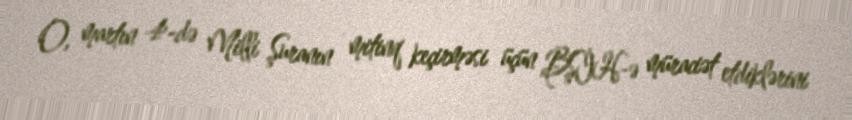
O, martın 4-də Milli Şuranın mitinq keçirməsi üçün BŞİH-ə müraciət etdiklərini